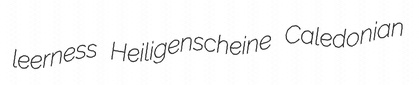
leerness Heiligenscheine Caledonian